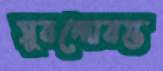
সুবন্দোবস্ত